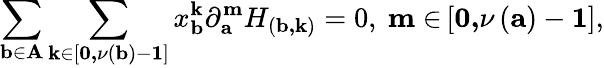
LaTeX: \sum_{\mathbf{b\in A}}\sum_{\mathbf{k\in}\left[\mathbf{0,}\nu\left(\mathbf{b}\right)-\mathbf{1}\right]}x_{\mathbf{b}}^{\mathbf{k}}\partial_{\mathbf{a}}^{\mathbf{m}}H_{\left(\mathbf{b,k}\right)}=0,\mathbf{~m\in}\left[\mathbf{0,}\nu\left(\mathbf{a}\right)-\mathbf{1}\right],